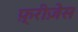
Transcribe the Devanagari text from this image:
फ़्रीज़ेस